Code of medical and sanitary regulations for the guidance of medical officers serving in the Madras Presidency - Volume II
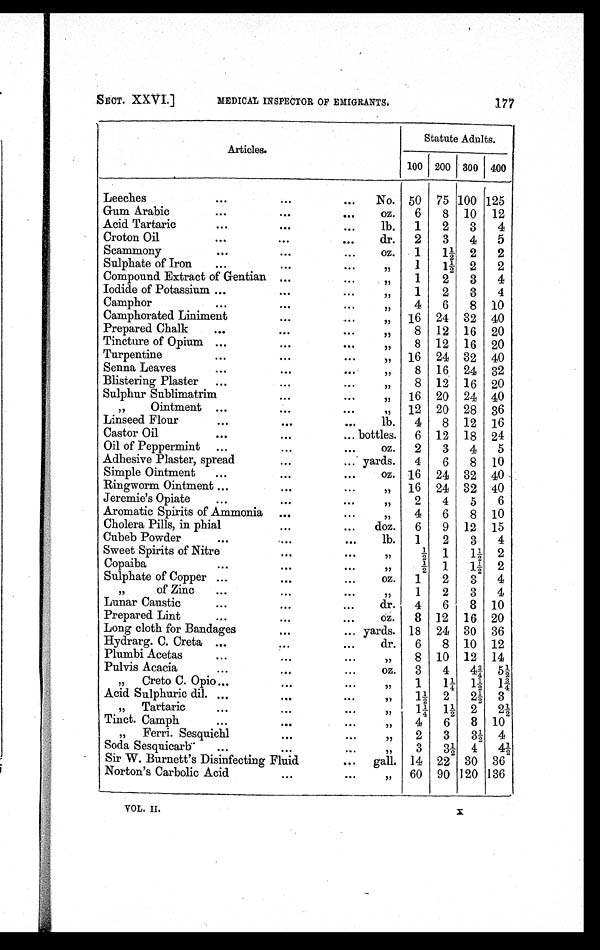
SECT. XXVI.] MEDICAL INSPECTOR OF EMIGRANTS.
177
Articles.
Statute Adults.
100 200 300 400
Leeches
...
. . .
...
No. 50
75 100 125
Gum Arabic
...
. . .
. . .
oz.
6
8
10
12
Acid Tartaric
...
. . .
. . .
lb.
1
2
3
4
Croton Oil
...
. . .
...
dr.
2
3
4
5
Scammony
...
. . .
. . .
oz.
1
1½
2
2
Sulphate of Iron
...
. . .
. . .
„
1
1½ 2
2
Compound Extract of Gentian ...
. . .
„
1
2
3
4
Iodide of Potassium ...
. . .
...
„
1
2
3
4
Camphor
...
. . .
. . .
„
4
6
8
10
Camphorated Liniment
. . .
. . .
„
16
24
32
40
Prepared Chalk
...
. . .
. . .
„
8
12
16
20
Tincture of Opium ...
. . .
...
„
8
12
16
20
Turpentine
...
. . .
. . .
„
16
24
32
40
Senna Leaves
...
. . .
. . .
„
8
16
24
32
Blistering Plaster
...
. . .
. . .
„
8
12
16
20
Sulphur Sublimatrim
. . .
. . .
„
16
20
24 40
„ Ointment
...
. . .
. . .
„
12
20
28
36
Linseed Flour
...
. . .
...
lb.
4
8
12
16
Castor Oil
...
. . .
... bottles.
6
12
18
24
Oil of Peppermint
...
. . .
. . .
oz.
2
3
4
5
Adhesive Plaster, spread
. . .
... yards.
4
6
8
10
Simple Ointment
...
. . .
. . .
oz. 16
24
32
40
Ringworm Ointment ...
. . .
...
„
16
24
32
40
Jeremie's Opiate
...
. . .
. . .
„
2
4
5
6
Aromatic Spirits of Ammonia
...
. . .
„
4
6
8
10
Cholera Pills, in phial
. . .
...
doz.
6
9
12
15
Cubeb Powder
...
. . .
. . .
lb.
1
2
3
4
Sweet Spirits of Nitre
. . .
. . .
„
½
1
1½
2
Copaiba
...
. . .
. . .
„
½ 1
1½
2
Sulphate of Copper ...
. . .
. . .
oz.
1
2
3
4
„ of Zinc
...
. . .
...
„
1
2
3
4
Lunar Caustic
...
. . .
. . .
dr.
4
6
8
10
Prepared Lint
...
. . .
. . .
oz.
8
12
16 20
Long cloth for Bandages
. . .
... yards. 18
24 30
36
Hydrarg. C. Creta ...
. . .
. . .
dr.
6
8
10
12
Plumbi Acetas
...
. . .
. . .
„
8
10
12
14
Pulvis Acacia
...
. . .
. . .
oz.
3
4
4¾
5½
„ Creto C. Opio ...
. . .
. . .
„
1
1¼
1½
1¾
Acid Sulphuric dil. ...
. . .
. . .
„
1½
2
2½
3
„ Tartaric
...
. . .
. . .
„
1¼
1½
2
2½
Tinct. Camph
...
. . .
. . .
„
4
6
8
10
„ Ferri. Sesquichl
. . .
. . .
„
2
3
3½
4
Soda Sesquicarb
...
. . .
. . .
„
3
3½
4
4½
Sir W. Burnett's Disinfecting Fluid
. . .
gall. 14 22
30
36
Norton's Carbolic Acid
. . .
. . .
„ 60 90 120 136
VOL. II. X